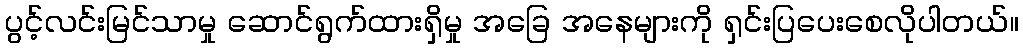
ပွင့်လင်းမြင်သာမှု ဆောင်ရွက်ထားရှိမှု အခြေ အနေများကို ရှင်းပြပေးစေလိုပါတယ်။